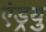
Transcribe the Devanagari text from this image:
एंड्रयु